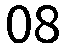
08